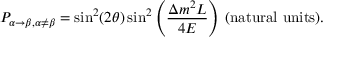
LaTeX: P _ { \alpha \rightarrow \beta , \alpha \neq \beta } = \sin ^ { 2 } ( 2 \theta ) \sin ^ { 2 } \left( { \frac { \Delta m ^ { 2 } L } { 4 E } } \right) \, { \mathrm { ( n a t u r a l ~ u n i t s ) } } .